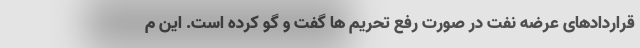
قراردادهای عرضه نفت در صورت رفع تحریم ها گفت و گو کرده است. این م